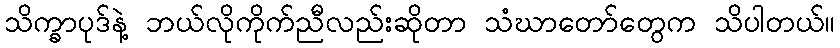
သိက္ခာပုဒ်နဲ့ ဘယ်လိုကိုက်ညီလည်းဆိုတာ သံဃာတော်တွေက သိပါတယ်။